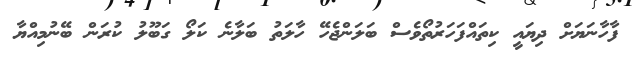
ފާހާނަޔަށް ދިޔައީ ކިތައްފަހަރުތޯވެސް ބަލަންޖެހޭ ހާލަތު ބަލާނެ ކަލޯ ގަބޫލު ކުރަން ބޭނުމިއްޔާ